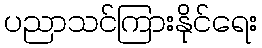
ပညာသင်ကြားနိုင်ရေး